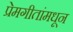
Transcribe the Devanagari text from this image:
प्रेमगीतांमधून